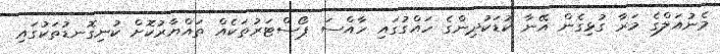
މެނުއަލްގެ މަރާ ގުޅިގެން އޭނާ ކުޑަކުދިންގެ ހައްގުގައި ހާއްސަ ޕޯސްޓަރުތަކެއް ތައްޔާރުކޮށް ކުނިގޮނޑުތަކުގައި